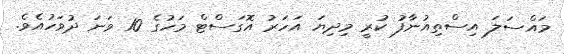
މައްސަލަ އިސްތިއުނާފު ކުރީ މިދިޔަ އަހަރު އޮގަސްޓް މަހުގެ 10 ވަނަ ދުވަހުއެވެ.